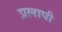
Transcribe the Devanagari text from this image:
प्रलापी